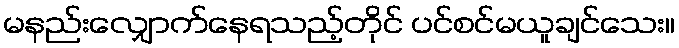
မနည်းလျှောက်နေရသည့်တိုင် ပင်စင်မယူချင်သေး။